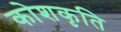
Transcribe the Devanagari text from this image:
कोशकृति